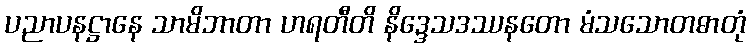
ပညာပနဋ္ဌာနေ သာမိဘာတာ ဟရတီတိ နိဒ္ဒေသဒဿနတော မံသသောတဓာတုံ